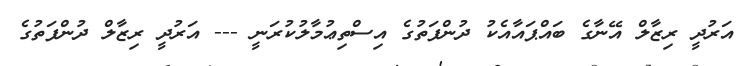
އަރުދީ ރިޒާލް އޭނާގެ ބައްޕައާއެކު ދުންފަތުގެ އިސްތިޢުމާލުކުރަނީ --- އަރުދީ ރިޒާލް ދުންފަތުގެ